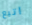
اتبع